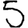
Digit: 5